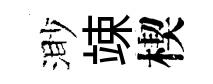
渺竦楔